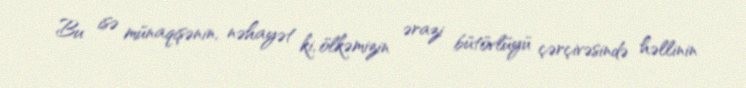
Bu isə münaqişənin, nəhayət ki, ölkəmizin ərazi bütövlüyü çərçivəsində həllinin